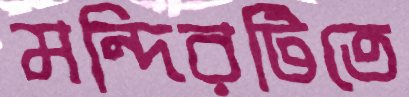
মন্দিরটিতে